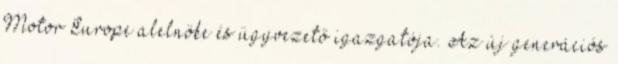
Motor Europe alelnöke és ügyvezető igazgatója. Az új generációs